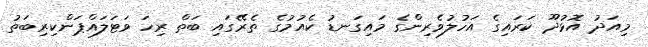
މިއަދު އޮޅުދޫ ކަރައިގެ އަހުލުވެރިންގެ މައިގަނޑު ކެއުމުގެ ތެރޭގައި ބަތް ރިހަ ވަޓަލައްޕަންކިރިބަތު